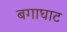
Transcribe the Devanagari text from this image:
बगाघाट